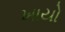
ખાયો